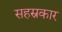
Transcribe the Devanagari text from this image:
सहस्रकार